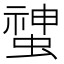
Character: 䗝